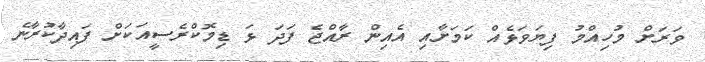
ވަރަށް މުހިއްމު ފިޔަވަޅެއް ކަމަށާއި އެއިން ރާއްޖެ ފަދަ ޅަ ޑިމޮކްރެސީއަކަށް ފައިދާކުރާނެ